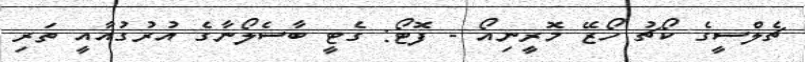
ޗެލްސީގެ ކޯޗު ހޯޒޭ މޮރީނިއޯ - ފޮޓޯ: ގެޓީ ބާސެލޯނާގެ އުރުގުއާއީ ތަރި